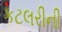
કટલરીની